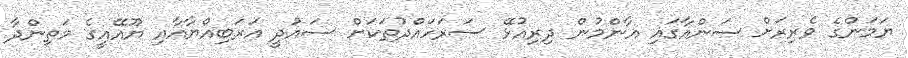
ޔަމަންގެ ވެރިރަށް ސަންއާގައި އާންމުން ދިރިއުޅޭ ސަރަހައްދުތަކަށް ސައުދީ އަރަބިއްޔާއާއި ޔޫއޭއީގެ މަތިންދާ